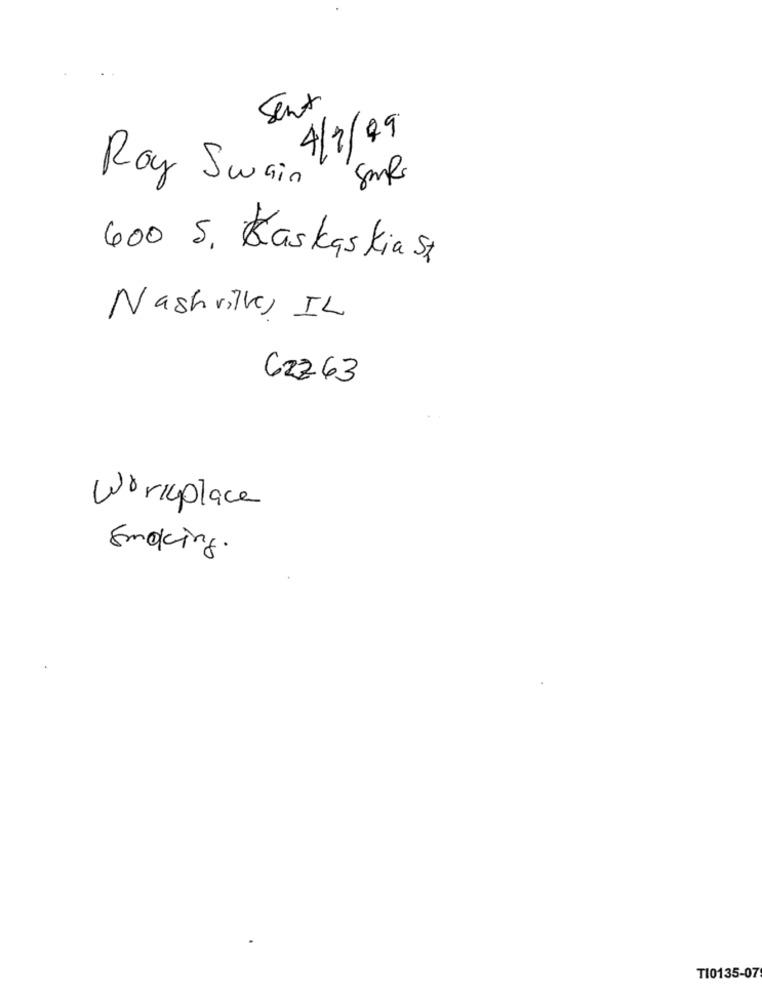
Sent
4/3/09
Roy Swain
600 S. Kaskaskiast
Nashville, IL
CZZ63
Workplace
Smoking.
TI0135-07